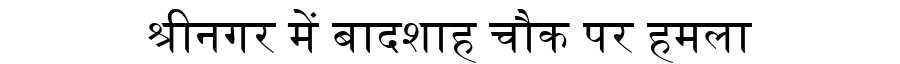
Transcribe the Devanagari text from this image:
श्रीनगर में बादशाह चौक पर हमला